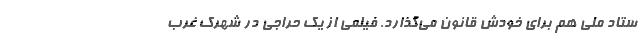
ستاد ملی هم برای خودش قانون می‌گذارد. فیلمی از یک حراجی در شهرک غرب